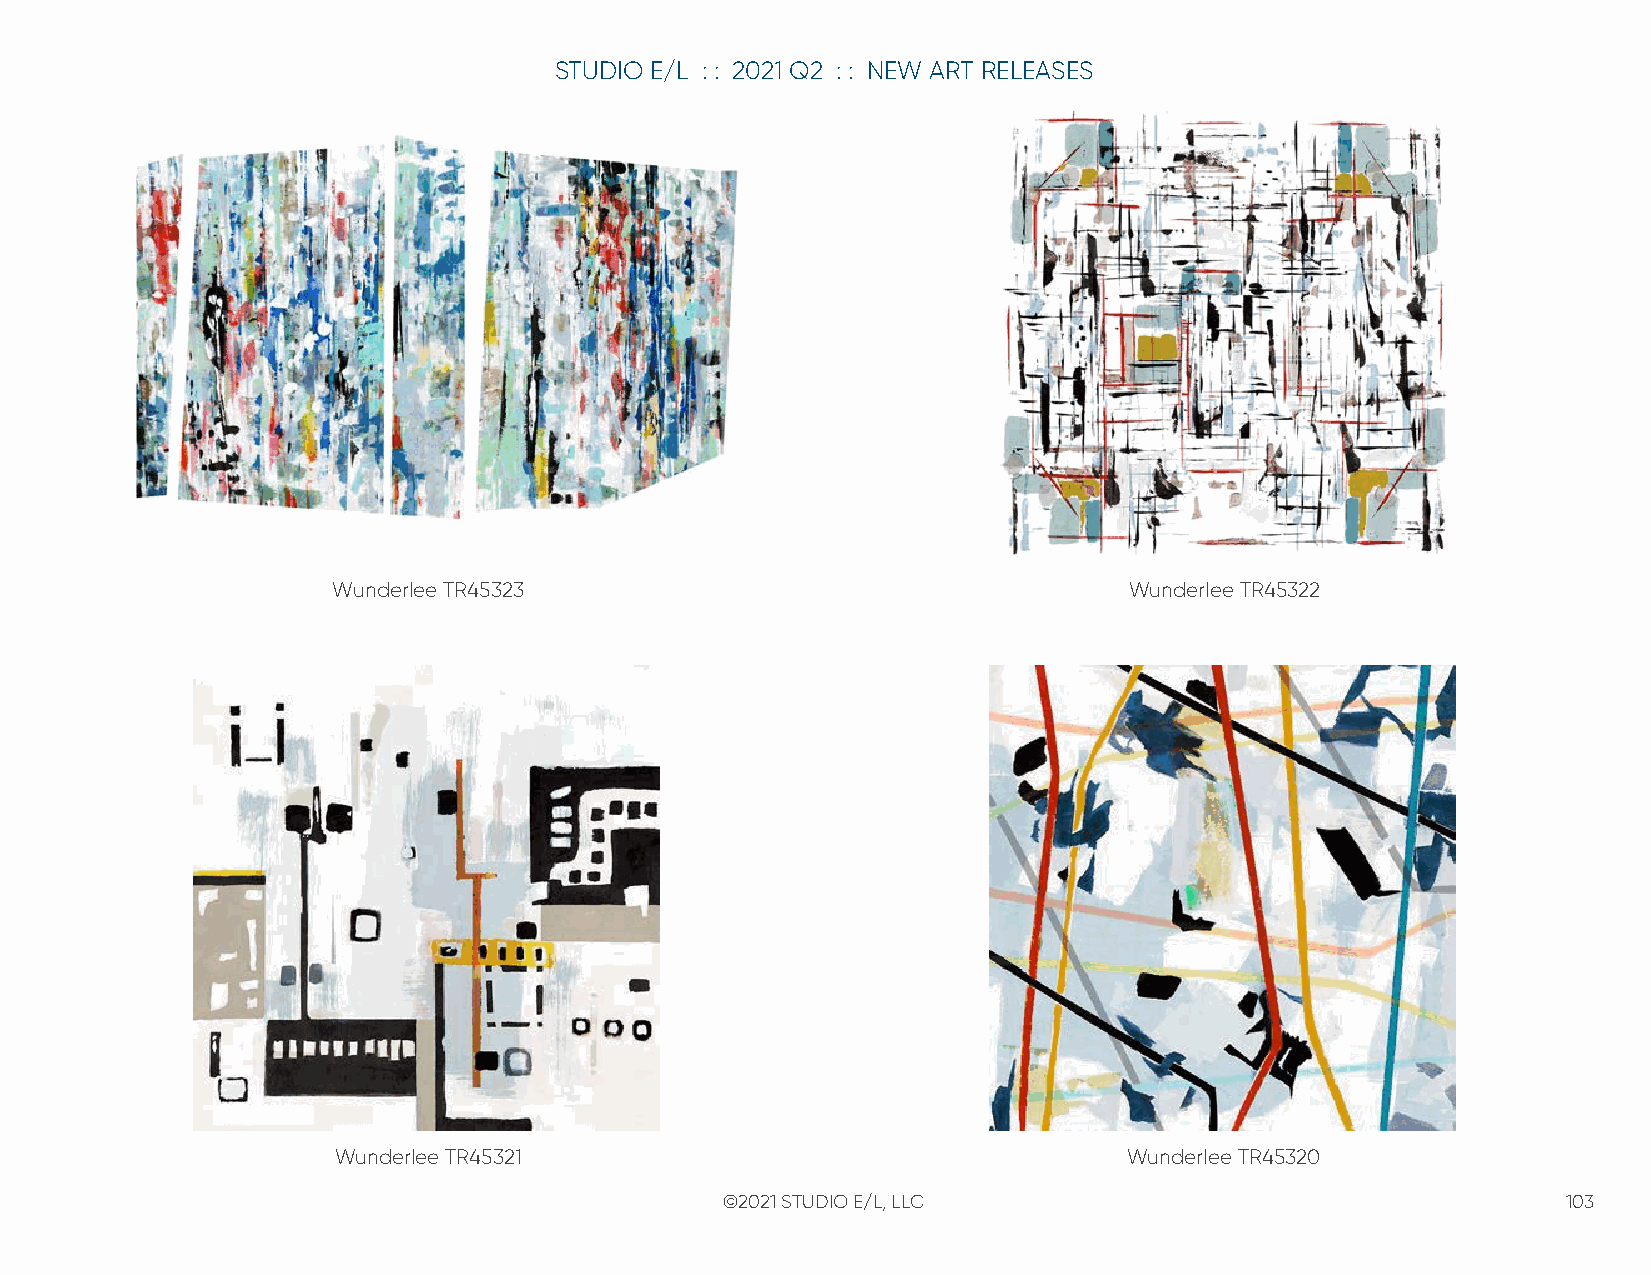
STUDIO E/L : : 2021 Q2 : : NEW ART RELEASES
 Wunderlee TR45323                                    Wunderlee TR45322
 Wunderlee TR45321                                    Wunderlee TR45320
 ©2021 STUDIO E/L, LLC                                   103